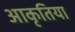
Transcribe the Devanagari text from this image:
आकृतिया